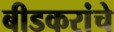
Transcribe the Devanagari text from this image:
बीडकरांचे